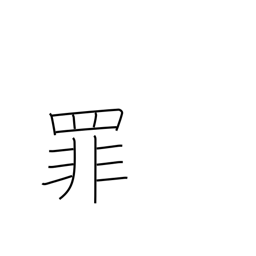
Meaning: crime